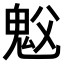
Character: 𫙉